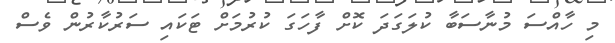
މި ހާއްސަ މުނާސަބާ ކުލަގަދަ ކޮށް ފާހަގަ ކުރުމަށް ޓަކައި ސަރުކާރުން ވެސް